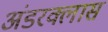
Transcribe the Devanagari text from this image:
अंडरक्लास